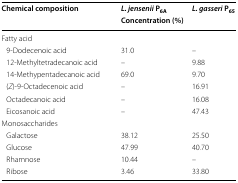
<table><thead><tr><td rowspan="2"><b>Chemical composition</b></td><td><b><i>L. jensenii</i> P<sub>6A</sub></b></td><td><b><i>L. gasseri</i> P<sub>65</sub></b></td></tr><tr><td colspan="2"><b>Concentration (%)</b></td></tr></thead><tbody><tr><td colspan="3">Fatty acid</td></tr><tr><td> 9-Dodecenoic acid</td><td>31.0</td><td>–</td></tr><tr><td> 12-Methyltetradecanoic acid</td><td>–</td><td>9.88</td></tr><tr><td> 14-Methypentadecanoic acid</td><td>69.0</td><td>9.70</td></tr><tr><td> (<i>Z</i>)-9-Octadecenoic acid</td><td>–</td><td>16.91</td></tr><tr><td> Octadecanoic acid</td><td>–</td><td>16.08</td></tr><tr><td> Eicosanoic acid</td><td>–</td><td>47.43</td></tr><tr><td colspan="3">Monosaccharides</td></tr><tr><td> Galactose</td><td>38.12</td><td>25.50</td></tr><tr><td> Glucose</td><td>47.99</td><td>40.70</td></tr><tr><td> Rhamnose</td><td>10.44</td><td>–</td></tr><tr><td> Ribose</td><td>3.46</td><td>33.80</td></tr></tbody></table>